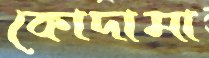
কোদামা